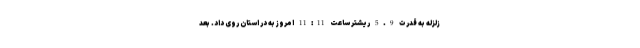
زلزله به قدرت 5.9 ریشتر ساعت 11:11 امروز به در استان روی داد. بعد